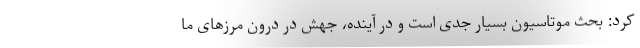
کرد: بحث موتاسیون بسیار جدی است و در آینده، جهش در درون مرزهای ما